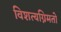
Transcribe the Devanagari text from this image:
विशत्यग्निमतो